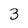
Character: 3